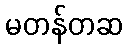
မတန်တဆ